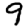
Digit: 9